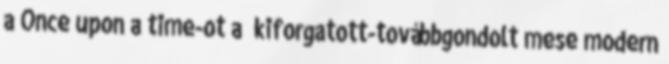
a Once upon a time-ot a “kiforgatott-továbbgondolt mese modern